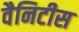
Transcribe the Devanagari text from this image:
वैनिटीस